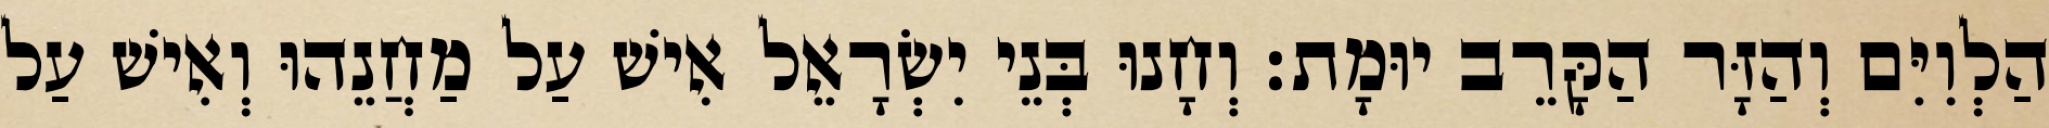
הַלְוִיִּם וְהַזָּר הַקָּרֵב יוּמָת׃ וְחָנוּ בְּנֵי יִשְׂרָאֵל אִישׁ עַל מַחֲנֵהוּ וְאִישׁ עַל